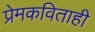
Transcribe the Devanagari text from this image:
प्रेमकविताही